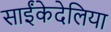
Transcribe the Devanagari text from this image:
साईंकेदेलिया